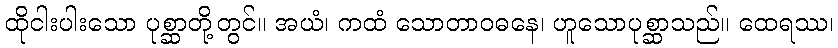
ထိုငါးပါးသော ပုစ္ဆာတို့တွင်။ အယံ၊ ကထံ သောတာဝဓနေ၊ ဟူသောပုစ္ဆာသည်။ ထေရဿ၊